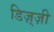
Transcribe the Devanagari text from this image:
डिज़्ज़ी